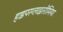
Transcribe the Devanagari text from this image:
हाइपरग्लाइसीमिया